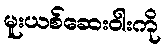
မူးယစ်ဆေးဝါးကို